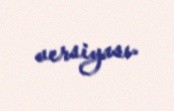
versiyası.